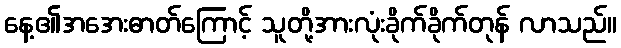
နေ့၏အအေးဓာတ်ကြောင့် သူတို့အားလုံးခိုက်ခိုက်တုန် လာသည်။